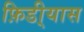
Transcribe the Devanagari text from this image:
फ़िडी्यास